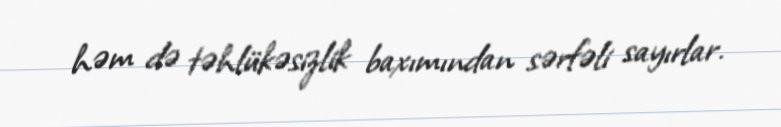
həm də təhlükəsizlik baxımından sərfəli sayırlar.